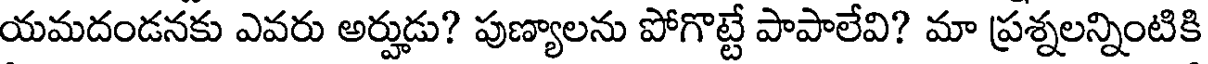
యమదండనకు ఎవరు అర్హుడు? పుణ్యాలను పోగొట్టే పాపాలేవి? మా ప్రశ్నలన్నింటికి